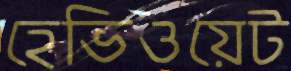
হেভিওয়েট